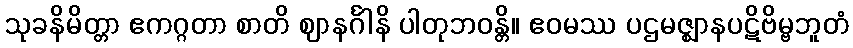
သုခနိမိတ္တာ ဧကဂ္ဂတာ စာတိ ဈာနင်္ဂါနိ ပါတုဘဝန္တိ။ ဧဝမဿ ပဌမဇ္ဈာနပဋိဗိမ္ဗဘူတံ